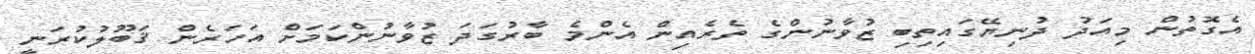
އެގޮތުން މިއަދު ދުނިޔޭގައިތިބި ޒުވާނުންގެ ތެރެއިން އެންމެ ބާރުގަދަ ޒުވާނުންކަމަށް އަހަރެން ޤަބޫލުކުރަނީ